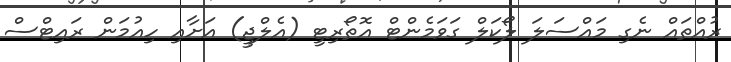
ރުއްތައް ނެގި މައްސަލަ ލޯކަލް ގަވަމެންޓް އޮތޯރިޓީ (އެލްޖީ) އަށާއި ހިއުމަން ރައިޓްސް